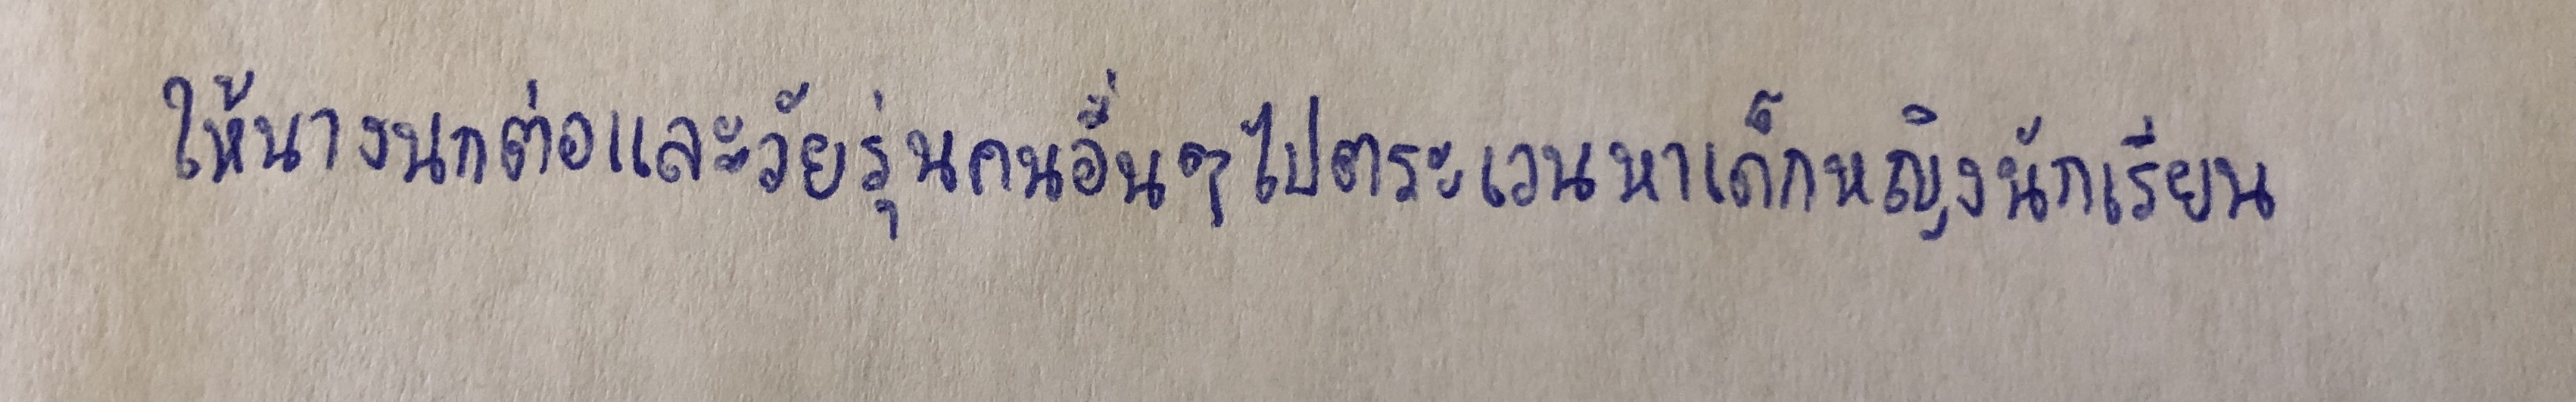
ให้นางนกต่อและวัยรุ่นคนอื่นๆไปตระเวนหาเด็กหญิงนักเรียน